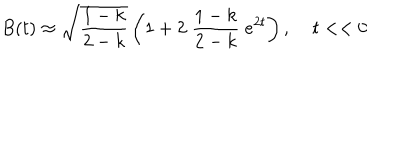
B ( t ) \approx \sqrt { \frac { 1 - k } { 2 - k } } \left( 1 + 2 \; \frac { 1 - k } { 2 - k } \; e ^ { 2 t } \right) , \; t < < 0